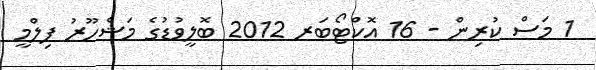
1 މަސް ކުރިން - 16 އޮކްޓޯބަރ 2012 ބޮލީވުޑުގެ މަޝްހޫރު ފިލްމީ